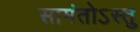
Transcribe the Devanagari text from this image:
सामंतोऽस्तु